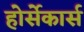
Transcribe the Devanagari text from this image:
होर्सेकार्स